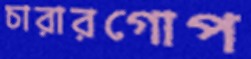
চারারগোপ